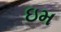
ઇમ